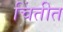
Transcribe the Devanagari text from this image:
चिंतीत